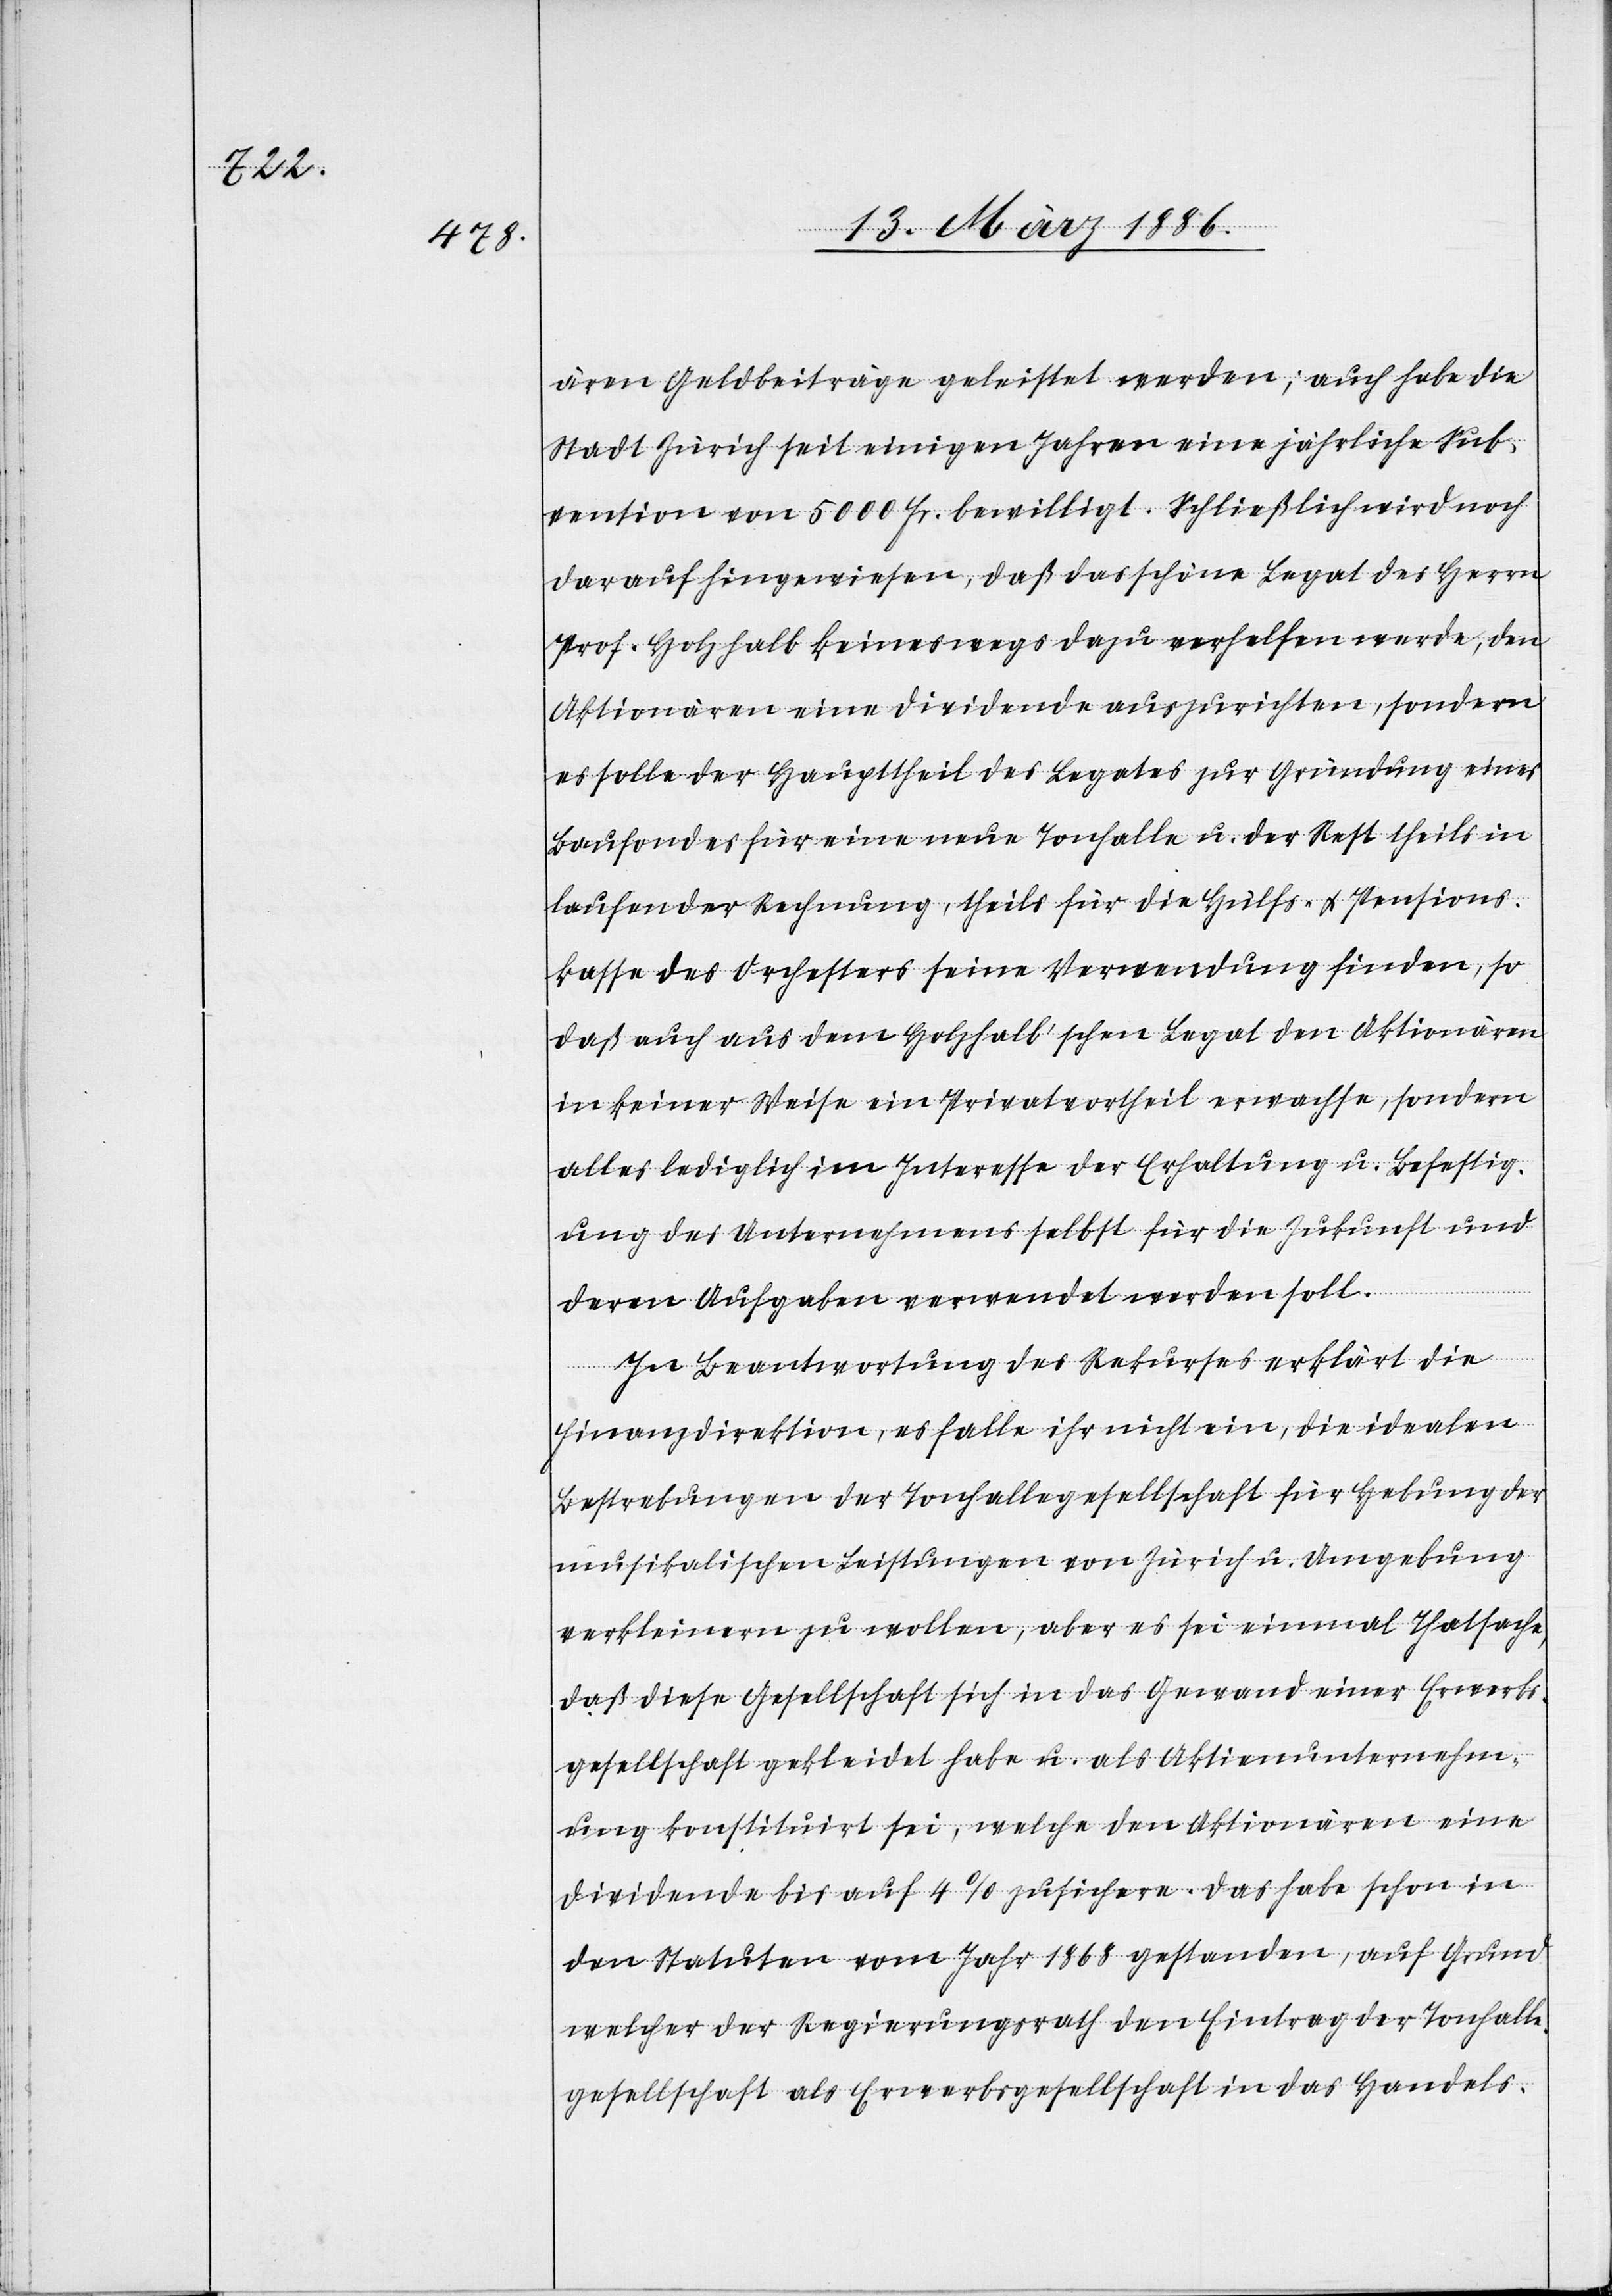
nären Geldbeiträge geleistet werden; auch habe die
Stadt Zürich seit einigen Jahren eine jährliche Sub¬
vention von 5000 Fr. bewilligt. Schließlich wird noch
darauf hingewiesen, daß das schöne Legat des Herrn
Prof. Holzhalb keineswegs dazu verhelfen werde, den
Aktionären eine Dividende auszurichten, sondern
es solle der Haupttheil des Legates zur Gründung eines
Baufondes für eine neue Tonhalle u. der Rest theils in
laufender Rechnung, theils für die Hülfs- & Pensions¬
kasse des Orchesters seine Verwendung finden, so
daß auch aus dem Holzhalb’schen Legat den Aktionären
in keiner Weise ein Privatvortheil erwachse, sondern
alles lediglich im Interesse der Erhaltung u. Befestig¬
ung des Unternehmers selbst für die Zukunft und
deren Aufgaben verwendet werden solle.
In Beantwortung des Rekurses erklärt die
Finanzdirektion, es falle ihr nicht ein, die idealen
Bestrebungen der Tonhallengesellschaft für Hebung der
musikalischen Leistungen von Zürich u. Umgebung
verkleinern zu wollen, aber es sei einmal Thatsache,
daß diese Gesellschaft sich in das Gewand einer Erwerbs¬
gesellschaft gehleidet habe u. als Aktienunternehm¬
ung konstituirt sei, welche den Aktionären eine
Dividende bis 4% zusichere. Das habe schon in
den Statuten vom Jahr 1868 gestanden, auf Grund
welcher der Regierungsrath den Eintrag der Tonhalle¬
gesellschaft als Erwerbsgesellschaft in das Handels-